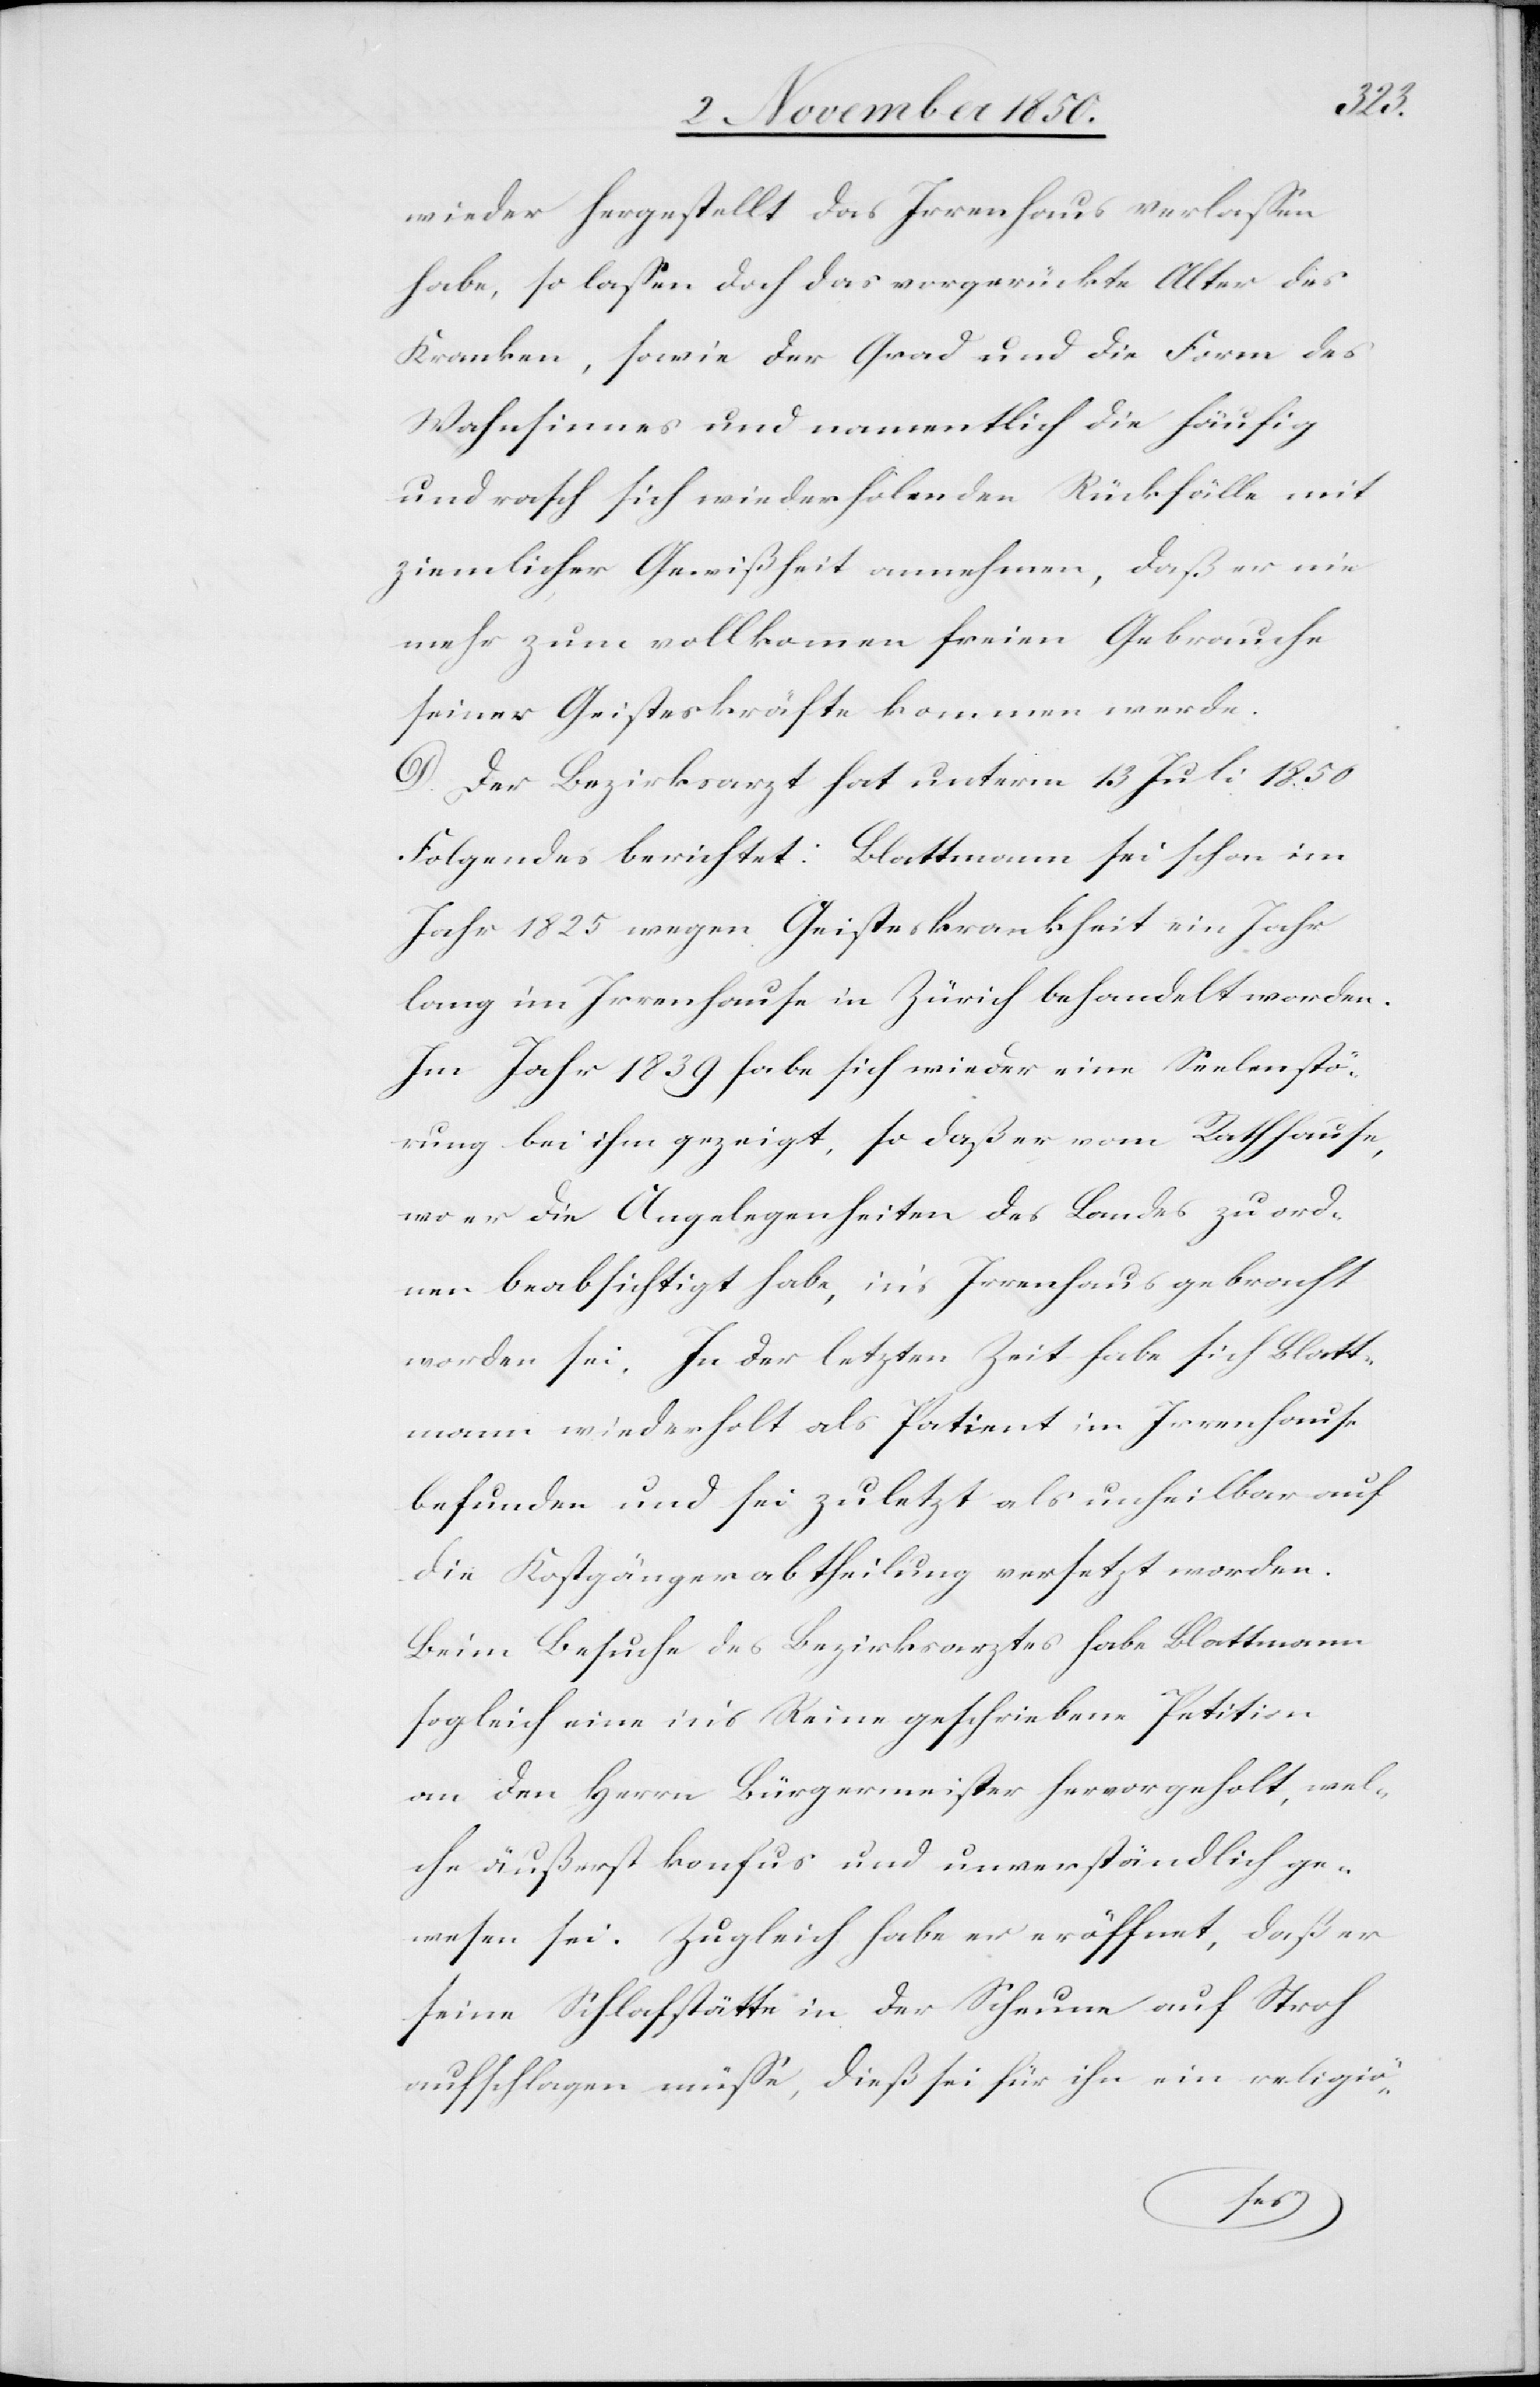
wieder hergestellt das Irrenhaus verlassen
habe, so lassen doch das vorgerückte Alter des
Kranken, sowie der Grad und die Form des
Wahnsinnes und namentlich die häufig
und rasch sich wiederholenden Rückfälle mit
ziemlicher Gewißheit annehmen, daß er nie
mehr zum vollkommen freien Gebrauche
seiner Geisteskräfte kommen werde.
D. Der Bezirksarzt hat unterm 13 Juli 1850
Folgendes berichtet: Blattmann sei schon im
Jahr 1825 wegen Geisteskrankheit ein Jahr
lang im Irrenhause in Zürich behandelt worden.
Im Jahr 1839 habe sich wieder eine Seelenstö¬
rung bei ihm gezeigt, so daß er vom Rathhause,
wo er die Angelegenheiten des Landes zu ord¬
nen beabsichtigt habe, in’s Irrenhaus gebracht
worden sei. In der letzten Zeit habe sich Blatt¬
mann wiederholt als Patient im Irrenhause
befunden und sei zuletzt als unheilbar auf
die Kostgängerabtheilung versetzt worden.
Beim Besuche des Bezirksarztes habe Blattmann
sogleich eine in’s Reine geschriebene Petition
an den Herrn Bürgermeister hervorgeholt, wel¬
che äußerst konfus und unverständlich ge¬
wesen sei. Zugleich habe er eröffnet, daß er
seine Schlafstätte in der Scheune auf Stroh
aufschlagen müsse, dieß sei für ihn ein religiö-